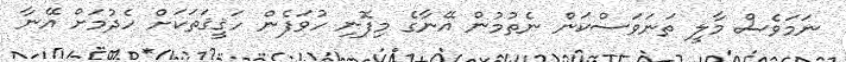
ނަމަވެސް މާލީ ތަނަވަސްކަން ނެތުމުން އޭނާގެ މިފޮނި ހުވަފެން ހަޤީޤަތަކަށް ހެދުމަށް އޭނާ